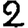
Digit: 2